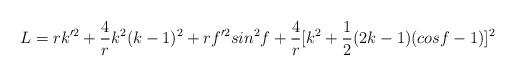
LaTeX: \begin{align*}L=rk'^2+\frac{4}{r}k^2 (k-1)^2 +rf'^2 sin^2 f+\frac{4}{r}[k^2+\frac{1}{2}(2k-1)(cosf-1)]^2\end{align*}